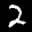
Label: 2